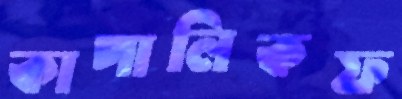
কাপালিকফ